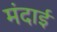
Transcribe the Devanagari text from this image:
मंदाई